Leningradi_Edasi_toimetus, lk 28
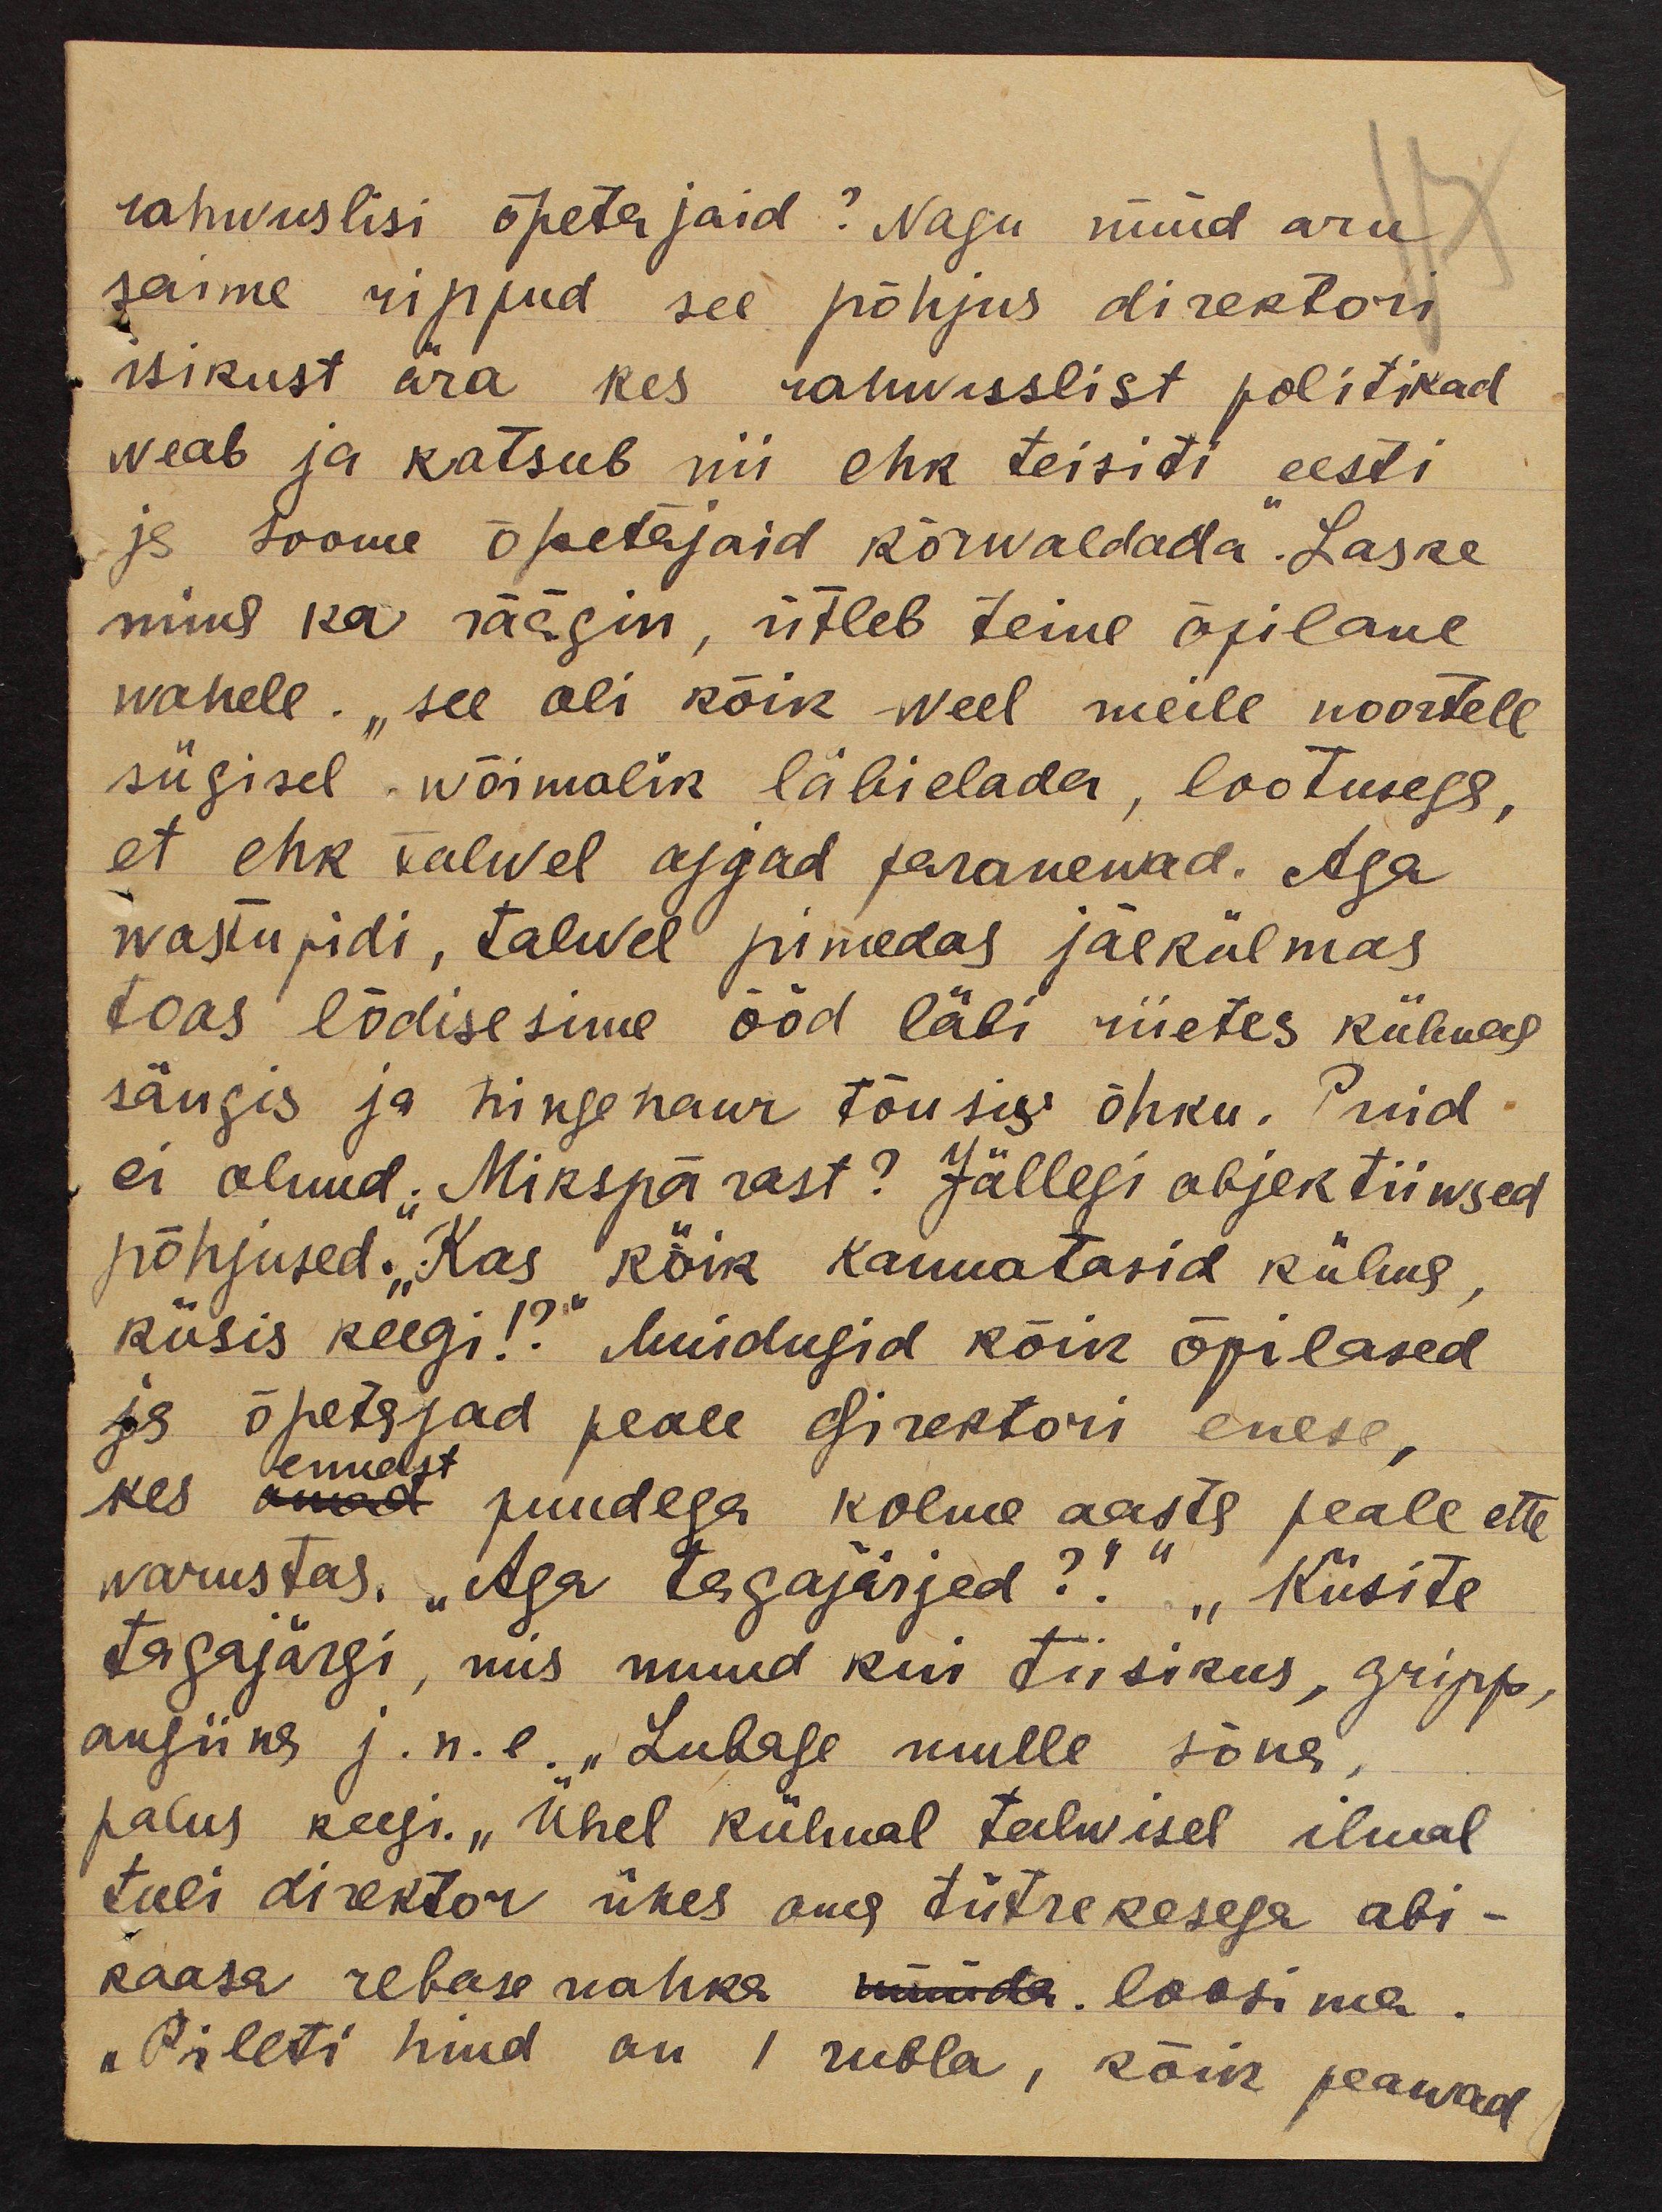
rahwuslisi õpetajaid? Nagu nüüd aru
saime rippud see põhjus direktori
isikust ära kes rahwuslist politikad
weab ja katsub nii ehk teisiti eesti
ja soome õpetajaid kõrwaldada". Laske
mina ka räägin, ütleb teine õpilane
wahele. "see oli kõik weel meile noortele
sügisel wõimalik läbielada, lootusega,
et ehk talwel ajjad paranewad. Aga
wastupidi, talwel pimedas jäekülmas
toas lõdisesime ööd läbi riietes külmas
sängis ja hingehaur tõusis õhku. Puid
ei olnud. Mikspärast? Jällegi objektiiwsed
põhjused."Kas kõik kannatasid külma
küsis keegi!?" Muidugid kõik õpilased
ja õpetajad peale direktori enese,
ennast
kes omad puudega kolme aasta peale ette
warustas. "Aga tagajärjed?!" „Küsite
tagajärgi, mis muud kui tiisikus, gripp,
angiina j.n.e. "Lubage mulle sõna
palus keegi. "Ühel külmal talwisel ilmal
tuli direktor ühes oma tütrekesega abi-
kaasa rebase nahka müüda. loosima.
"Pileti hind on 1 rubla, kõik peawad